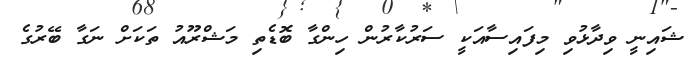
ޝައިނީ ވިދާޅުވި މިފައިސާއަކީ ސަރުކާރުން ހިންގާ ބޮޑެތި މަޝްރޫއު ތަކަށް ނަގާ ބޭރުގެ